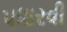
પધારવી